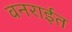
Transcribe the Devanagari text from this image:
वनरार्इत